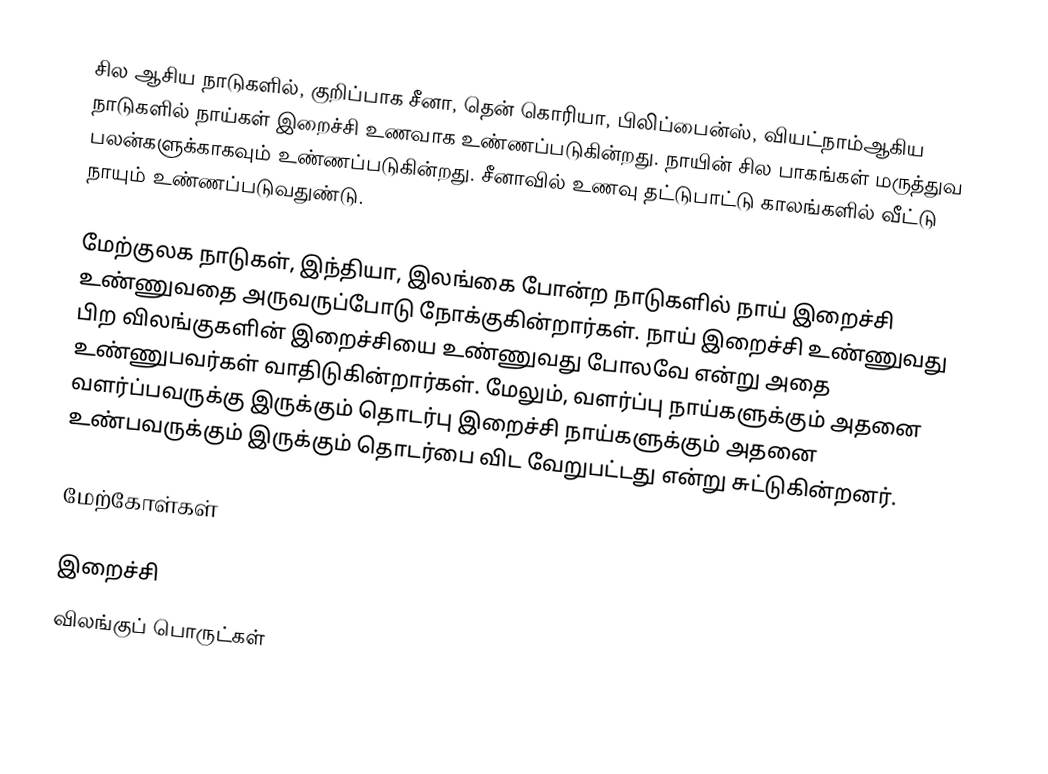
சில ஆசிய நாடுகளில், குறிப்பாக சீனா, தென் கொரியா, பிலிப்பைன்ஸ், வியட்நாம்ஆகிய நாடுகளில் நாய்கள் இறைச்சி உணவாக உண்ணப்படுகின்றது. நாயின் சில பாகங்கள் மருத்துவ பலன்களுக்காகவும் உண்ணப்படுகின்றது. சீனாவில் உணவு தட்டுபாட்டு காலங்களில் வீட்டு நாயும் உண்ணப்படுவதுண்டு.

மேற்குலக நாடுகள், இந்தியா, இலங்கை போன்ற நாடுகளில் நாய் இறைச்சி உண்ணுவதை அருவருப்போடு நோக்குகின்றார்கள். நாய் இறைச்சி உண்ணுவது பிற விலங்குகளின் இறைச்சியை உண்ணுவது போலவே என்று அதை உண்ணுபவர்கள் வாதிடுகின்றார்கள். மேலும், வளர்ப்பு நாய்களுக்கும் அதனை வளர்ப்பவருக்கு இருக்கும் தொடர்பு இறைச்சி நாய்களுக்கும் அதனை உண்பவருக்கும் இருக்கும் தொடர்பை விட வேறுபட்டது என்று சுட்டுகின்றனர்.

மேற்கோள்கள்

இறைச்சி
விலங்குப் பொருட்கள்